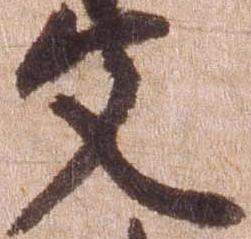
文